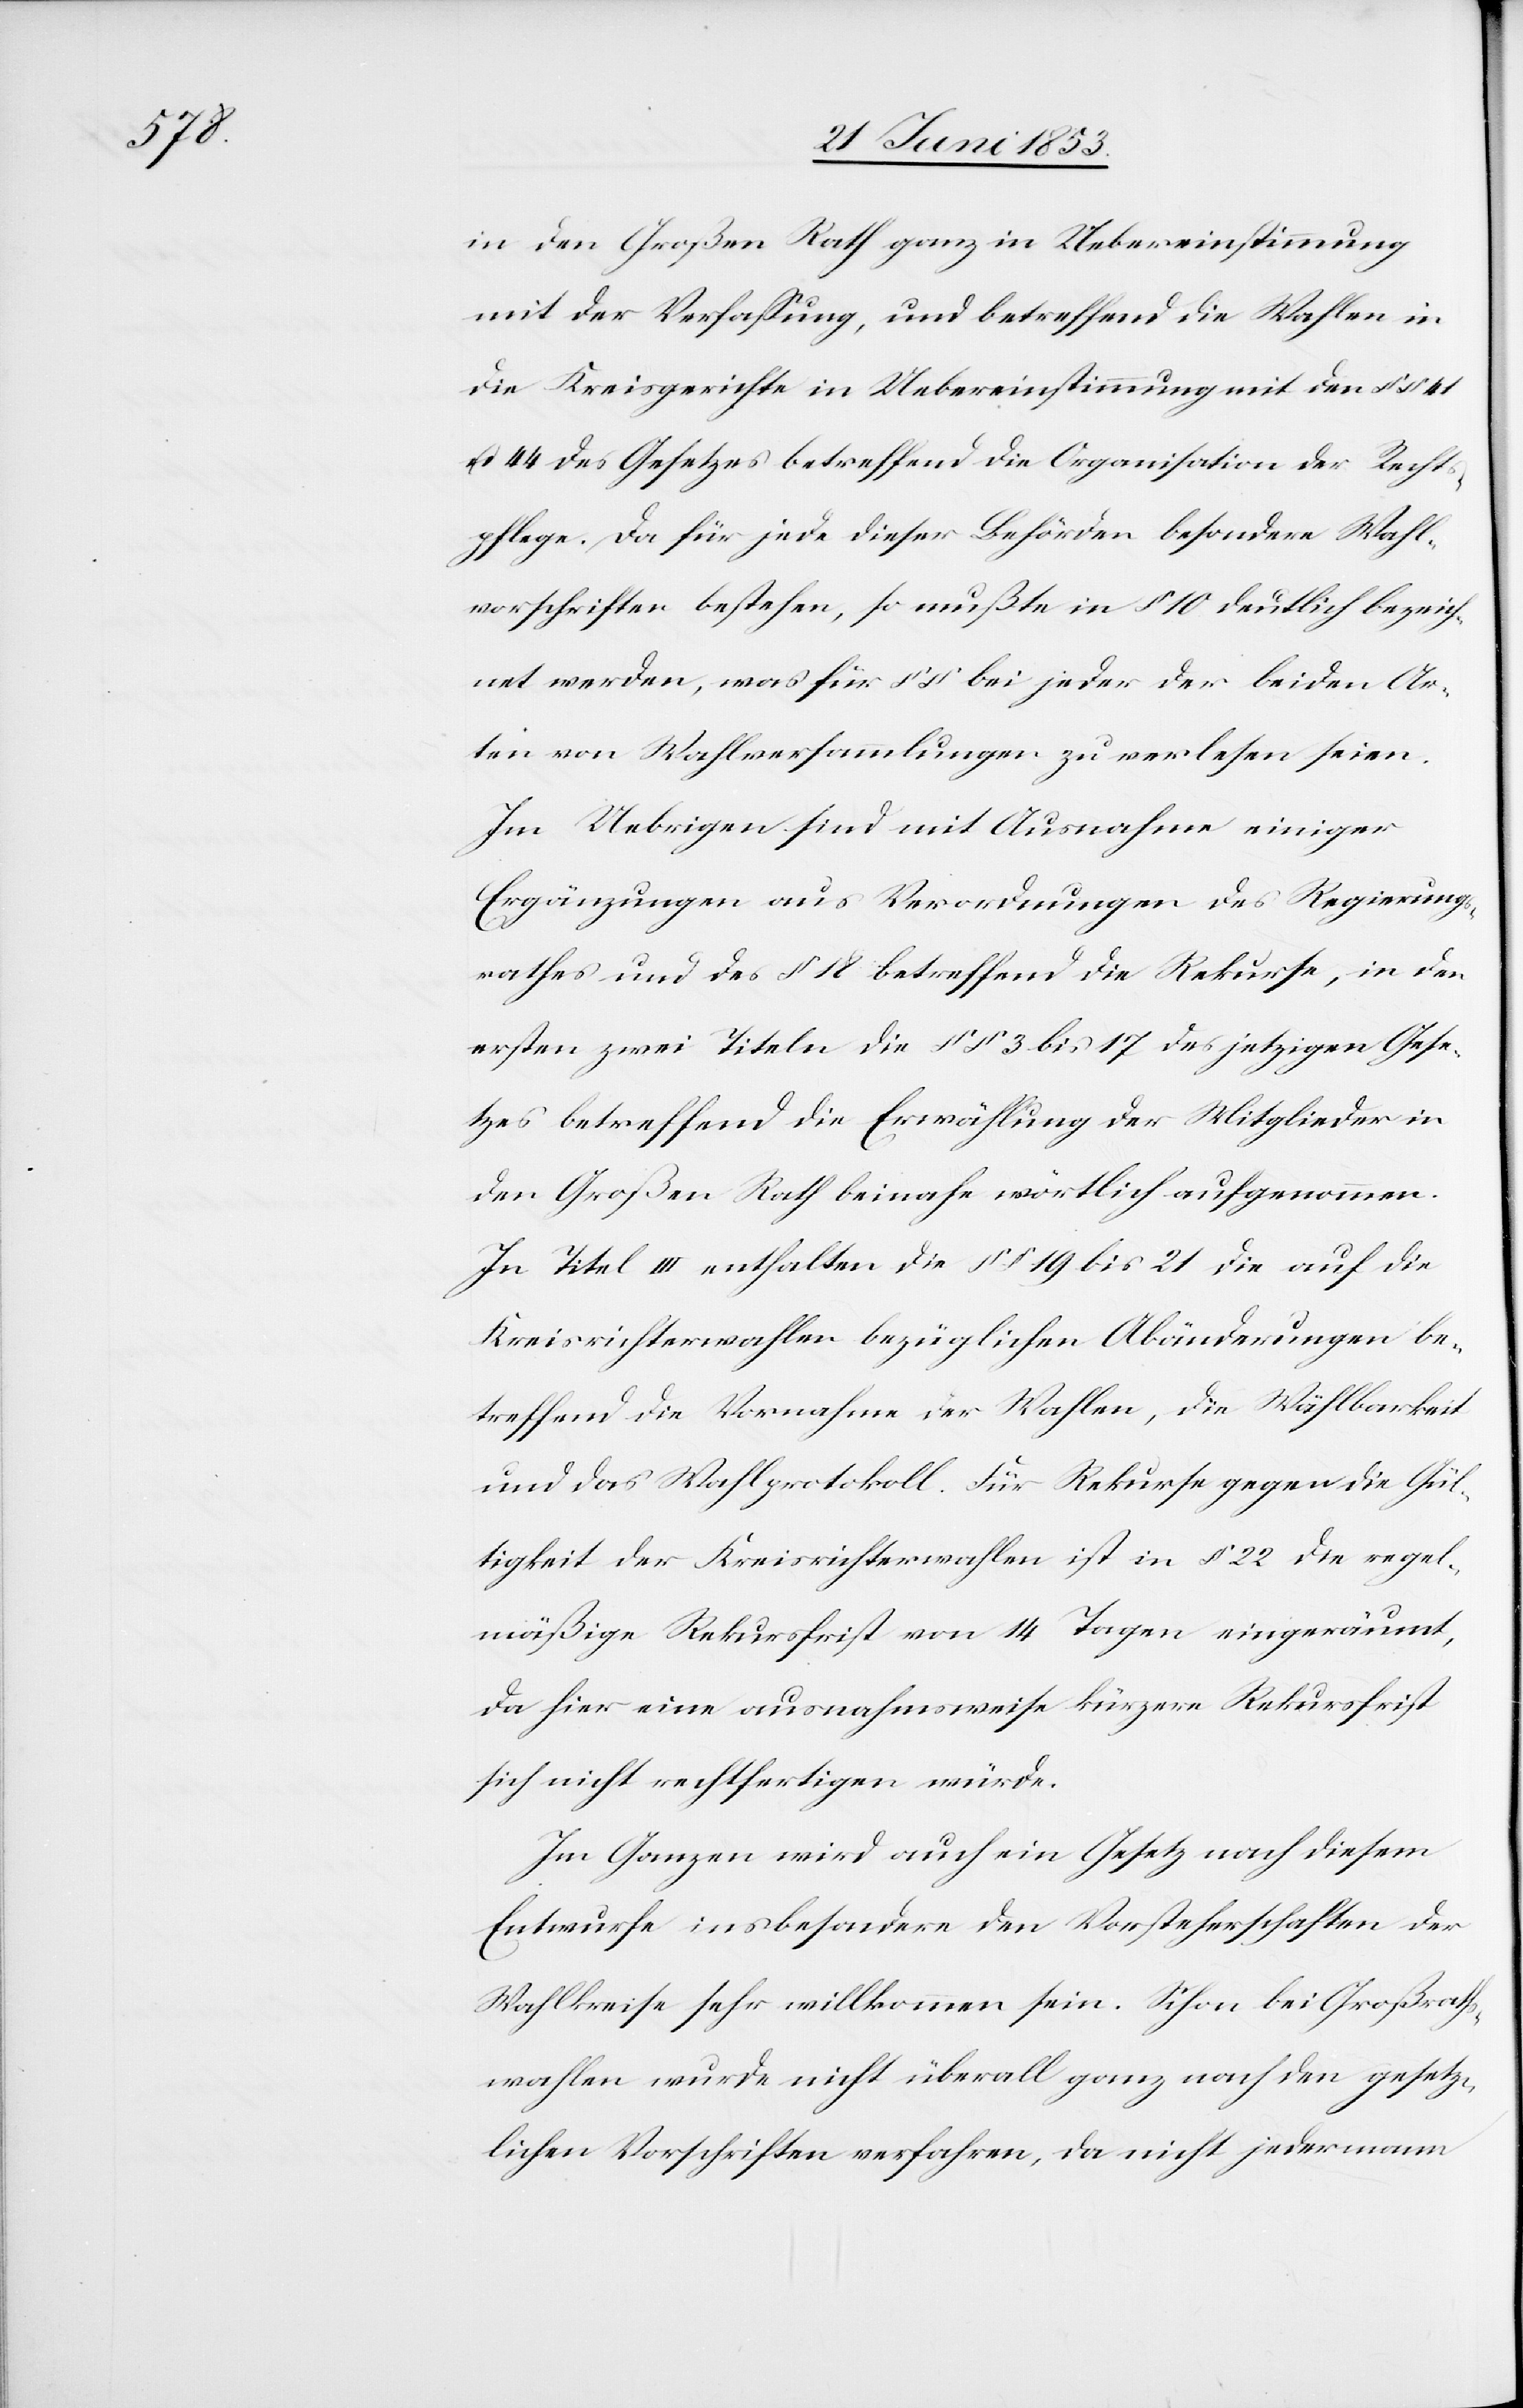
in den Großen Rath ganz in Uebereinstimmung
mit der Verfaßung, und betreffend die Wahlen in
die Kreisgerichte in Uebereinstimmung mit den §§ 41
u. 44 des Gesetzes betreffend die Organisation der Recht¬
spflege. Da für jede dieser Behörden besondere Wahl¬
vorschriften bestehen, so mußte in § 10 deutlich bezeich¬
net werden, was für §§ bei jeder der beiden Ar¬
ten von Wahlversammlungen zu verlesen seien.
Im Uebrigen sind mit Ausnahme einiger
Ergänzungen aus Verordnungen des Regierungs¬
rathes und des § 18 betreffend die Rekurse, in den
ersten zwei Titeln die §§ 3 bis 17 des jetzigen Gese¬
tzes betreffend die Erwählung der Mitglieder in
den Großen Rath beinahe wörtlich aufgenommen.
In Titel III enthalten die §§ 19 bis 21 die auf die
Kreisrichterwahlen bezüglichen Abänderungen be¬
treffend die Vornahme der Wahlen, die Wählbarkeit
und das Wahlprotokoll. Für Rekurse gegen die Gül¬
tigkeit der Kreisrichterwahlen ist in § 22 die regel¬
mäßige Rekursfrist von 14 Tagen eingeräumt,
da hier eine ausnahmsweise kürzere Rekursfrist
sich nicht rechtfertigen würde.
Im Ganzen wird auch ein Gesetz nach diesem
Entwurfe insbesondere den Vorsteherschaften der
Wahlkreise sehr willkommen sein. Schon bei Großraths¬
wahlen wurde nicht überall ganz nach den gesetz¬
lichen Vorschriften verfahren, da nicht jedermann